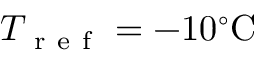
T _ { \mathrm { ~ r ~ e ~ f ~ } } = - 1 0 ^ { \circ } \mathrm { C }